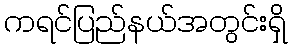
ကရင်ပြည်နယ်အတွင်းရှိ